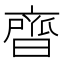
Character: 𮮼